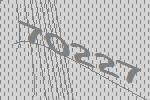
70227